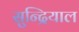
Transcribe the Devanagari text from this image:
सुन्द्रियाल